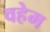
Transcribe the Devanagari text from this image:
वहेम